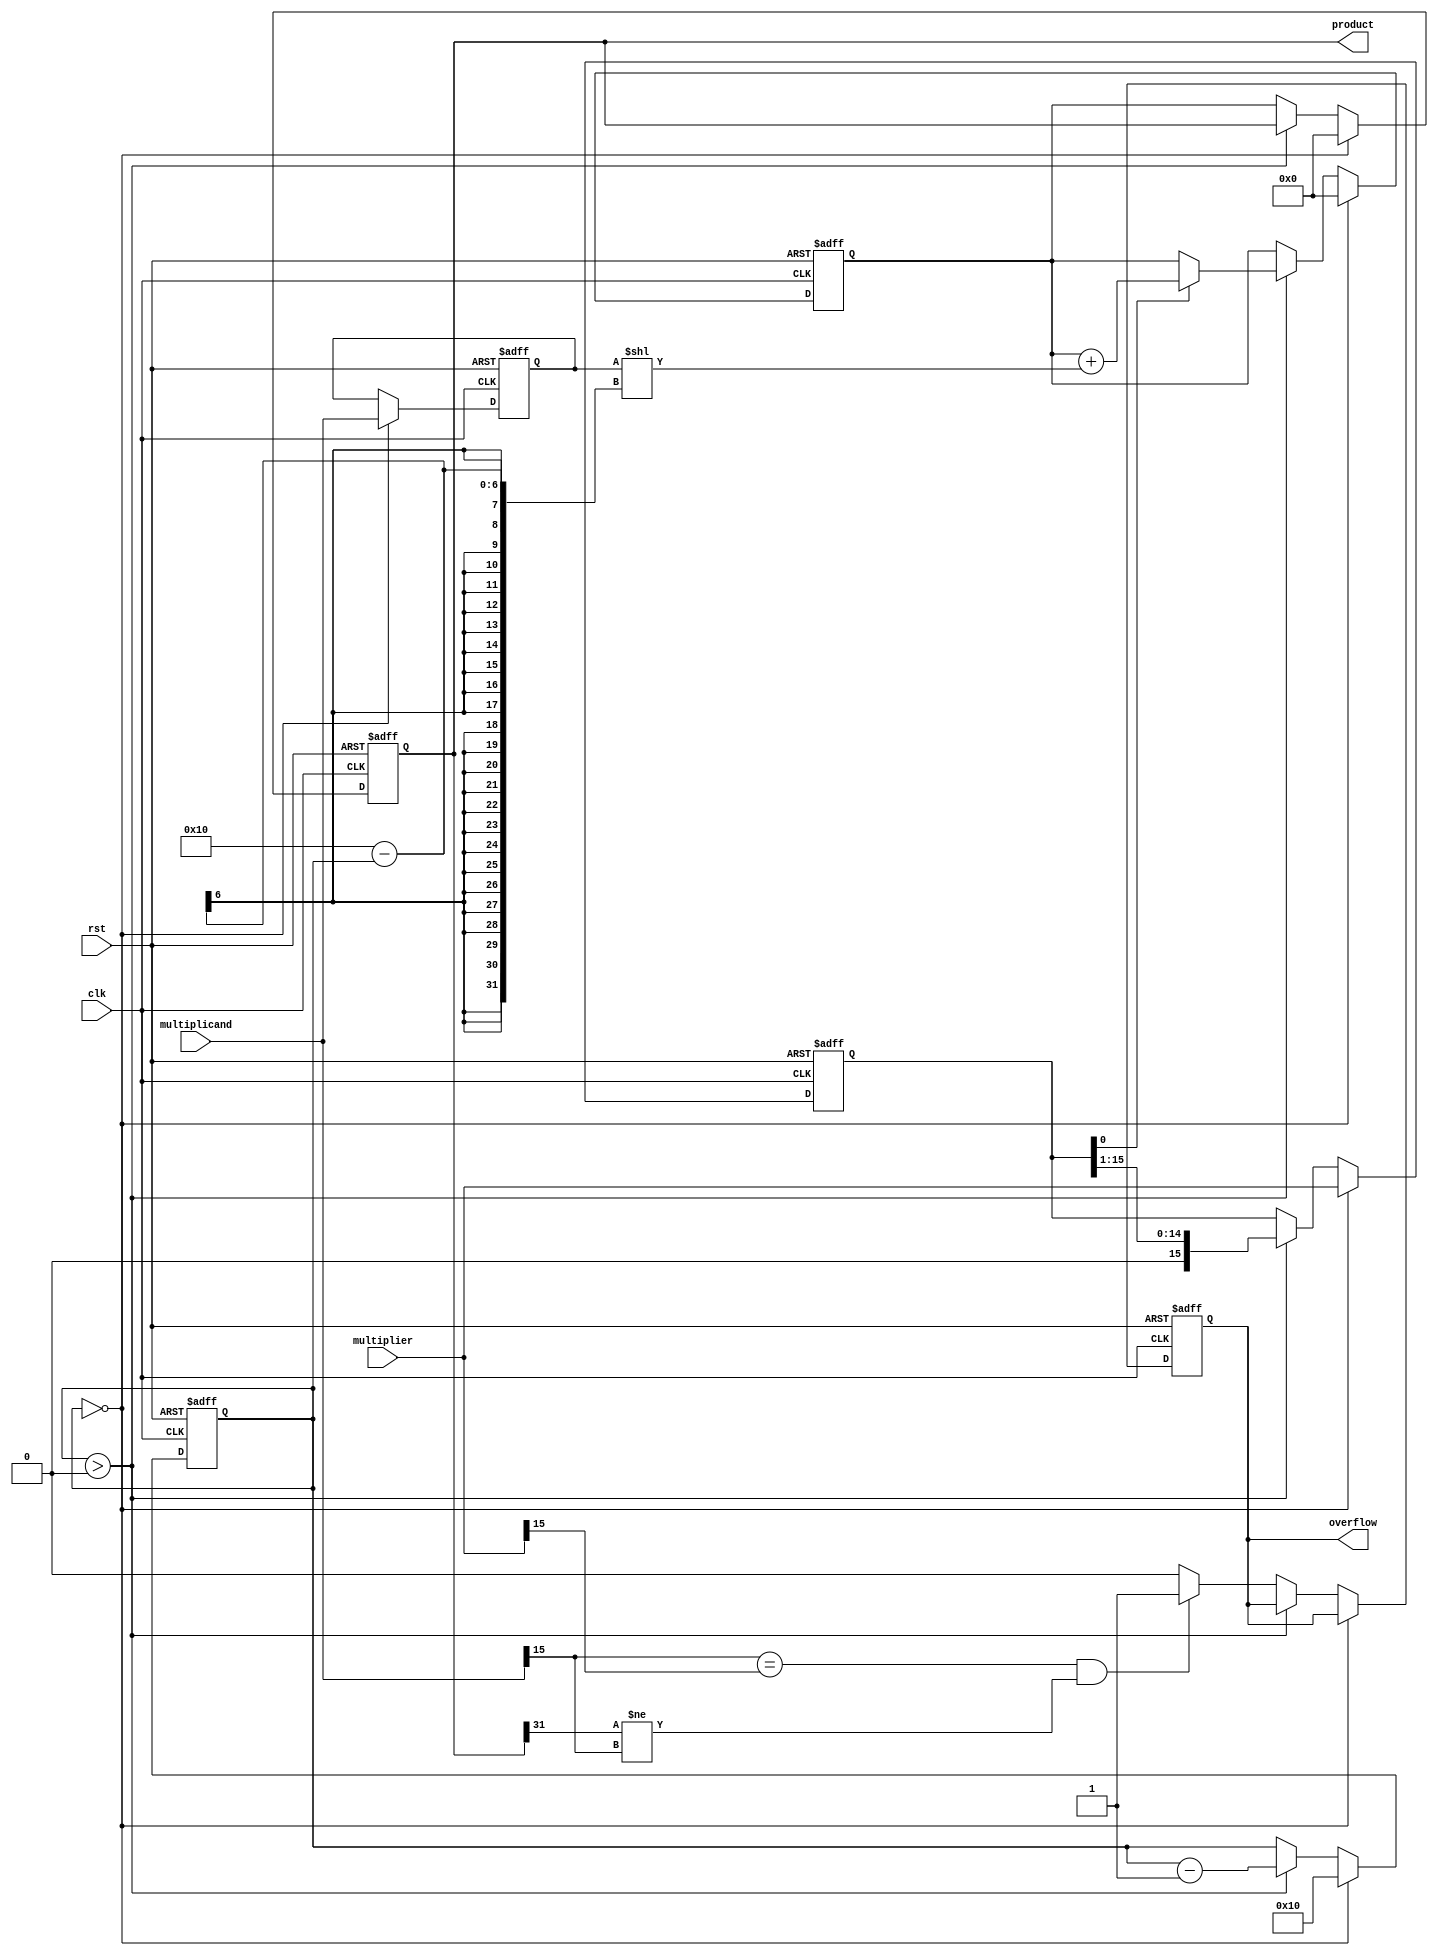
module radix2_multiplier (
    input wire clk,
    input wire rst,
    input wire [15:0] multiplicand, // A
    input wire [15:0] multiplier,    // B
    output reg [31:0] product,       // A * B
    output reg overflow               // Overflow detection
);

    reg [15:0] A;                    // Multiplicand
    reg [15:0] B;                    // Multiplier
    reg [31:0] PP;                   // Partial product
    reg [5:0] count;                 // Bit counter
    reg [31:0] sum;                  // Accumulator for final product

    always @(posedge clk or posedge rst) begin
        if (rst) begin
            A <= 16'b0;
            B <= 16'b0;
            product <= 32'b0;
            overflow <= 1'b0;
            PP <= 32'b0;
            count <= 6'b0;
            sum <= 32'b0;
        end else begin
            if (count == 6'b0) begin
                A <= multiplicand;
                B <= multiplier;
                product <= 32'b0;
                PP <= 32'b0;
                sum <= 32'b0;
                count <= 6'd16; // 16 bits to process
            end else if (count > 0) begin
                // Check least significant bit of B
                if (B[0] == 1'b1) begin
                    PP = A << (16 - count); // Generate partial product
                    sum = sum + PP;         // Add to accumulator
                end
                // Shift B and A for next bit processing
                B = B >> 1;
                count = count - 1;
            end else begin
                product <= sum; // Final product assignment

                // Overflow detection
                if ((multiplicand[15] == multiplier[15]) && (product[31] != multiplicand[15]))
                    overflow <= 1'b1; // Overflow condition
                else
                    overflow <= 1'b0;
            end
        end
    end
endmodule